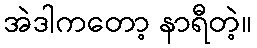
အဲဒါကတော့ နာရီတဲ့။